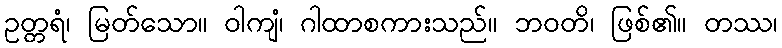
ဥတ္တရံ၊ မြတ်သော။ ဝါကျံ၊ ဂါထာစကားသည်။ ဘဝတိ၊ ဖြစ်၏။ တဿ၊